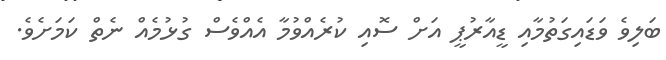
ބަލިވެ ވަޑައިގަތުމާއި ޑީއާރުޕީ އަށް ސޮއި ކުރެއްވުމާ އެއްވެސް ގުޅުމެއް ނެތް ކަމަށެވެ.